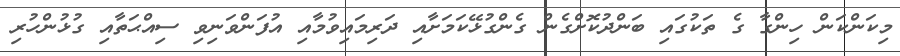
މިކަންކަން ހިންގާ ގެ ތަކުގައި ބަންދުކޮށްގެން ގެންގުޅޭކަމަށާއި ދަރިމައިވުމާއި އުފަންވަނިވި ސިއްޙަތާއި ގުޅުންހުރި